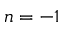
n = - 1